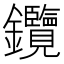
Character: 𨰲